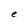
Character: e